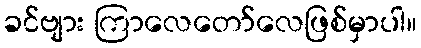
ခင်ဗျား ကြာလေတော်လေဖြစ်မှာပါ။